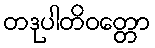
တဒုပါတိဝတ္တော